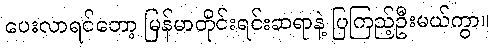
ပေးလာရင်တော့ မြန်မာတိုင်းရင်းဆရာနဲ့ ပြကြည့်ဦးမယ်ကွာ။